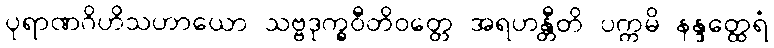
ပုရာဏဂိဟိသဟာယော သဗ္ဗဒုက္ခဝီတိဝတ္တေ အရဟန္တီတိ ပက္ကမိ နန္ဒတ္ထေရံ